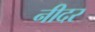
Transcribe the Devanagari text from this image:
नीदर